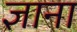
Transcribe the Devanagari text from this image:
ज्ञाना